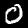
Label: 0